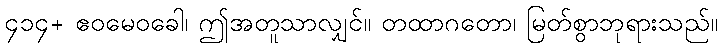
၄၁၄+ ဧဝမေဝခေါ၊ ဤအတူသာလျှင်။ တထာဂတော၊ မြတ်စွာဘုရားသည်။